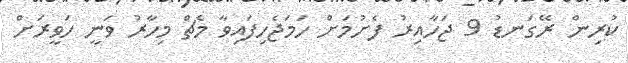
ކުރިން ރޭގަނޑު 9 ޖަހާއިރު ފެށުމަށް ހަމަޖެހިފައިވާ މެޗް މިހާރު ވަނީ ހަވީރަށް